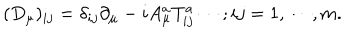
( D _ { \mu } ) _ { i j } = \delta _ { i j } \partial _ { \mu } - i A _ { \mu } ^ { a } T _ { i j } ^ { a } \cdots ; i j = 1 , \cdots , m .